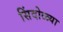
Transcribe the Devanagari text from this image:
सिंदोळ्या